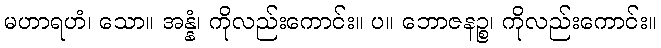
မဟာရဟံ၊ သော။ အန္နံ၊ ကိုလည်းကောင်း။ ပ။ ဘောဇနဉ္စ၊ ကိုလည်းကောင်း။